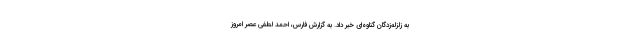
به زلزله‌زدگان گناوه‌ای خبر داد. به گزارش فارس، احمد لطفی عصر امروز